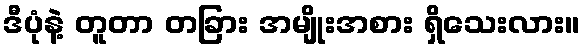
ဒီပုံနဲ့ တူတာ တခြား အမျိုးအစား ရှိသေးလား။